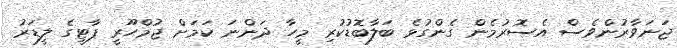
ޖަނަވާރުންވެސް އެސޮރުމެން ގެންގުޅެ ބަލާބޮޑުކުރި މީހާ ދަންނަ ކަމަށް ޖުމްހޫރީ ޕާޓީގެ ލީޑަރު